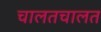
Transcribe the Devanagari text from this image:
चालतचालत